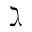
\gimel